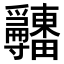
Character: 𤴎